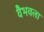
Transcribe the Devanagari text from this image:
वैभवला